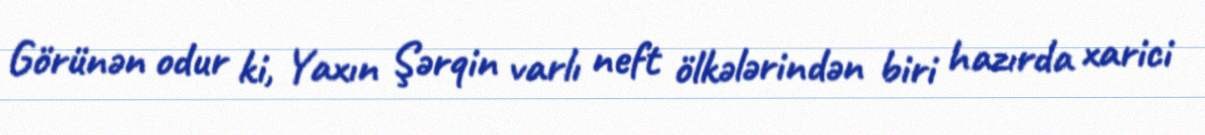
Görünən odur ki, Yaxın Şərqin varlı neft ölkələrindən biri hazırda xarici